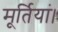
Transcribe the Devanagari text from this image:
मूर्तियां।